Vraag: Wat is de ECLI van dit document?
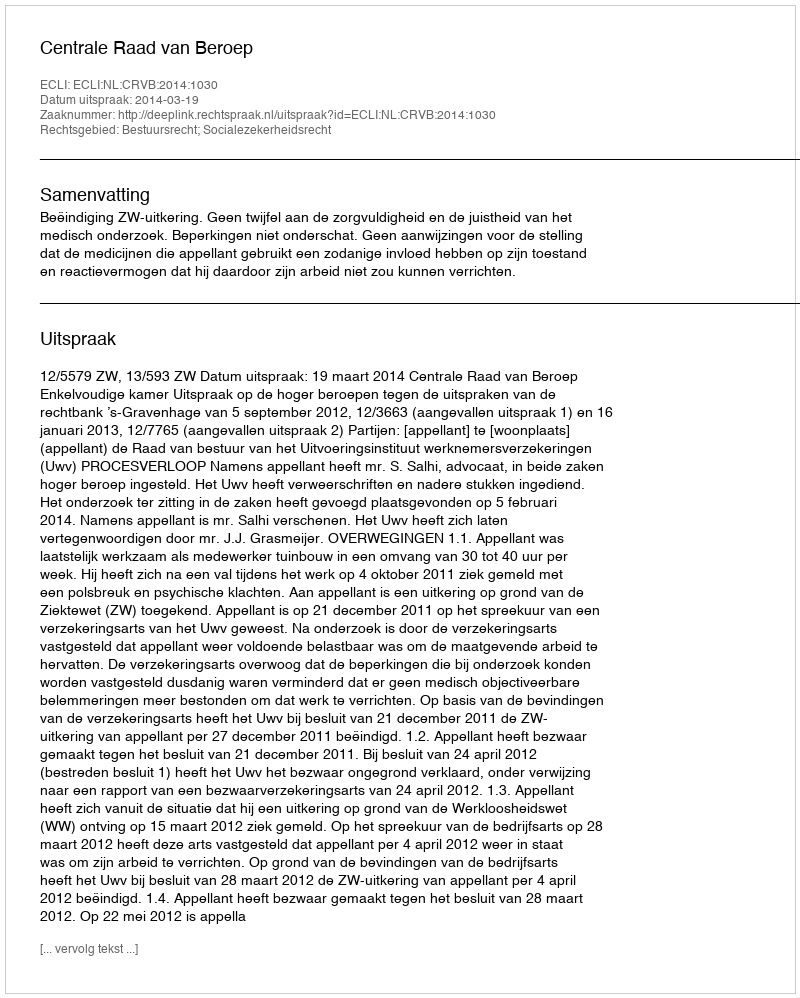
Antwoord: ECLI:NL:CRVB:2014:1030